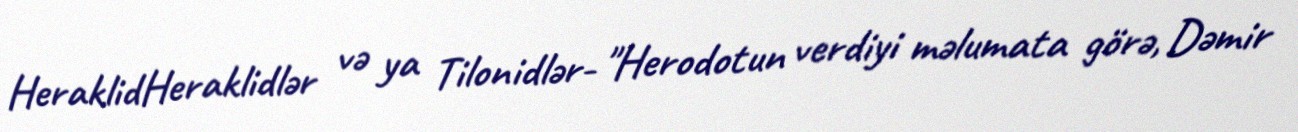
HeraklidHeraklidlər və ya Tilonidlər- "Herodotun verdiyi məlumata görə, Dəmir